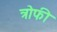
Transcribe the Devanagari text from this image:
त्रोफी